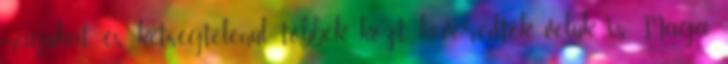
magukat, és kétségtelenül, többek közt keveredtek velük is. Maga